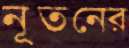
নূতনের